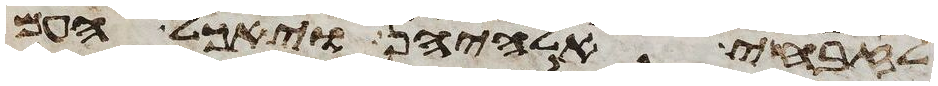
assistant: לזבחי אלהיהן ויאכל העם